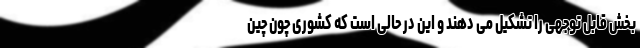
بخش قابل توجهی را تشکیل می دهند و این در حالی است که کشوری چون چین